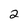
Character: 2